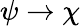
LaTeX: \psi\to\chi